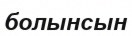
болынсын